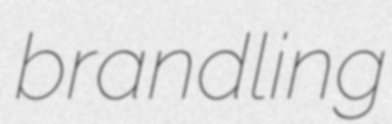
brandling